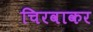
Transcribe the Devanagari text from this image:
चिरवाकर